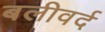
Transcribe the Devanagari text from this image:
बलीवर्द